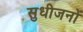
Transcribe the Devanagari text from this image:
सुधीजनों